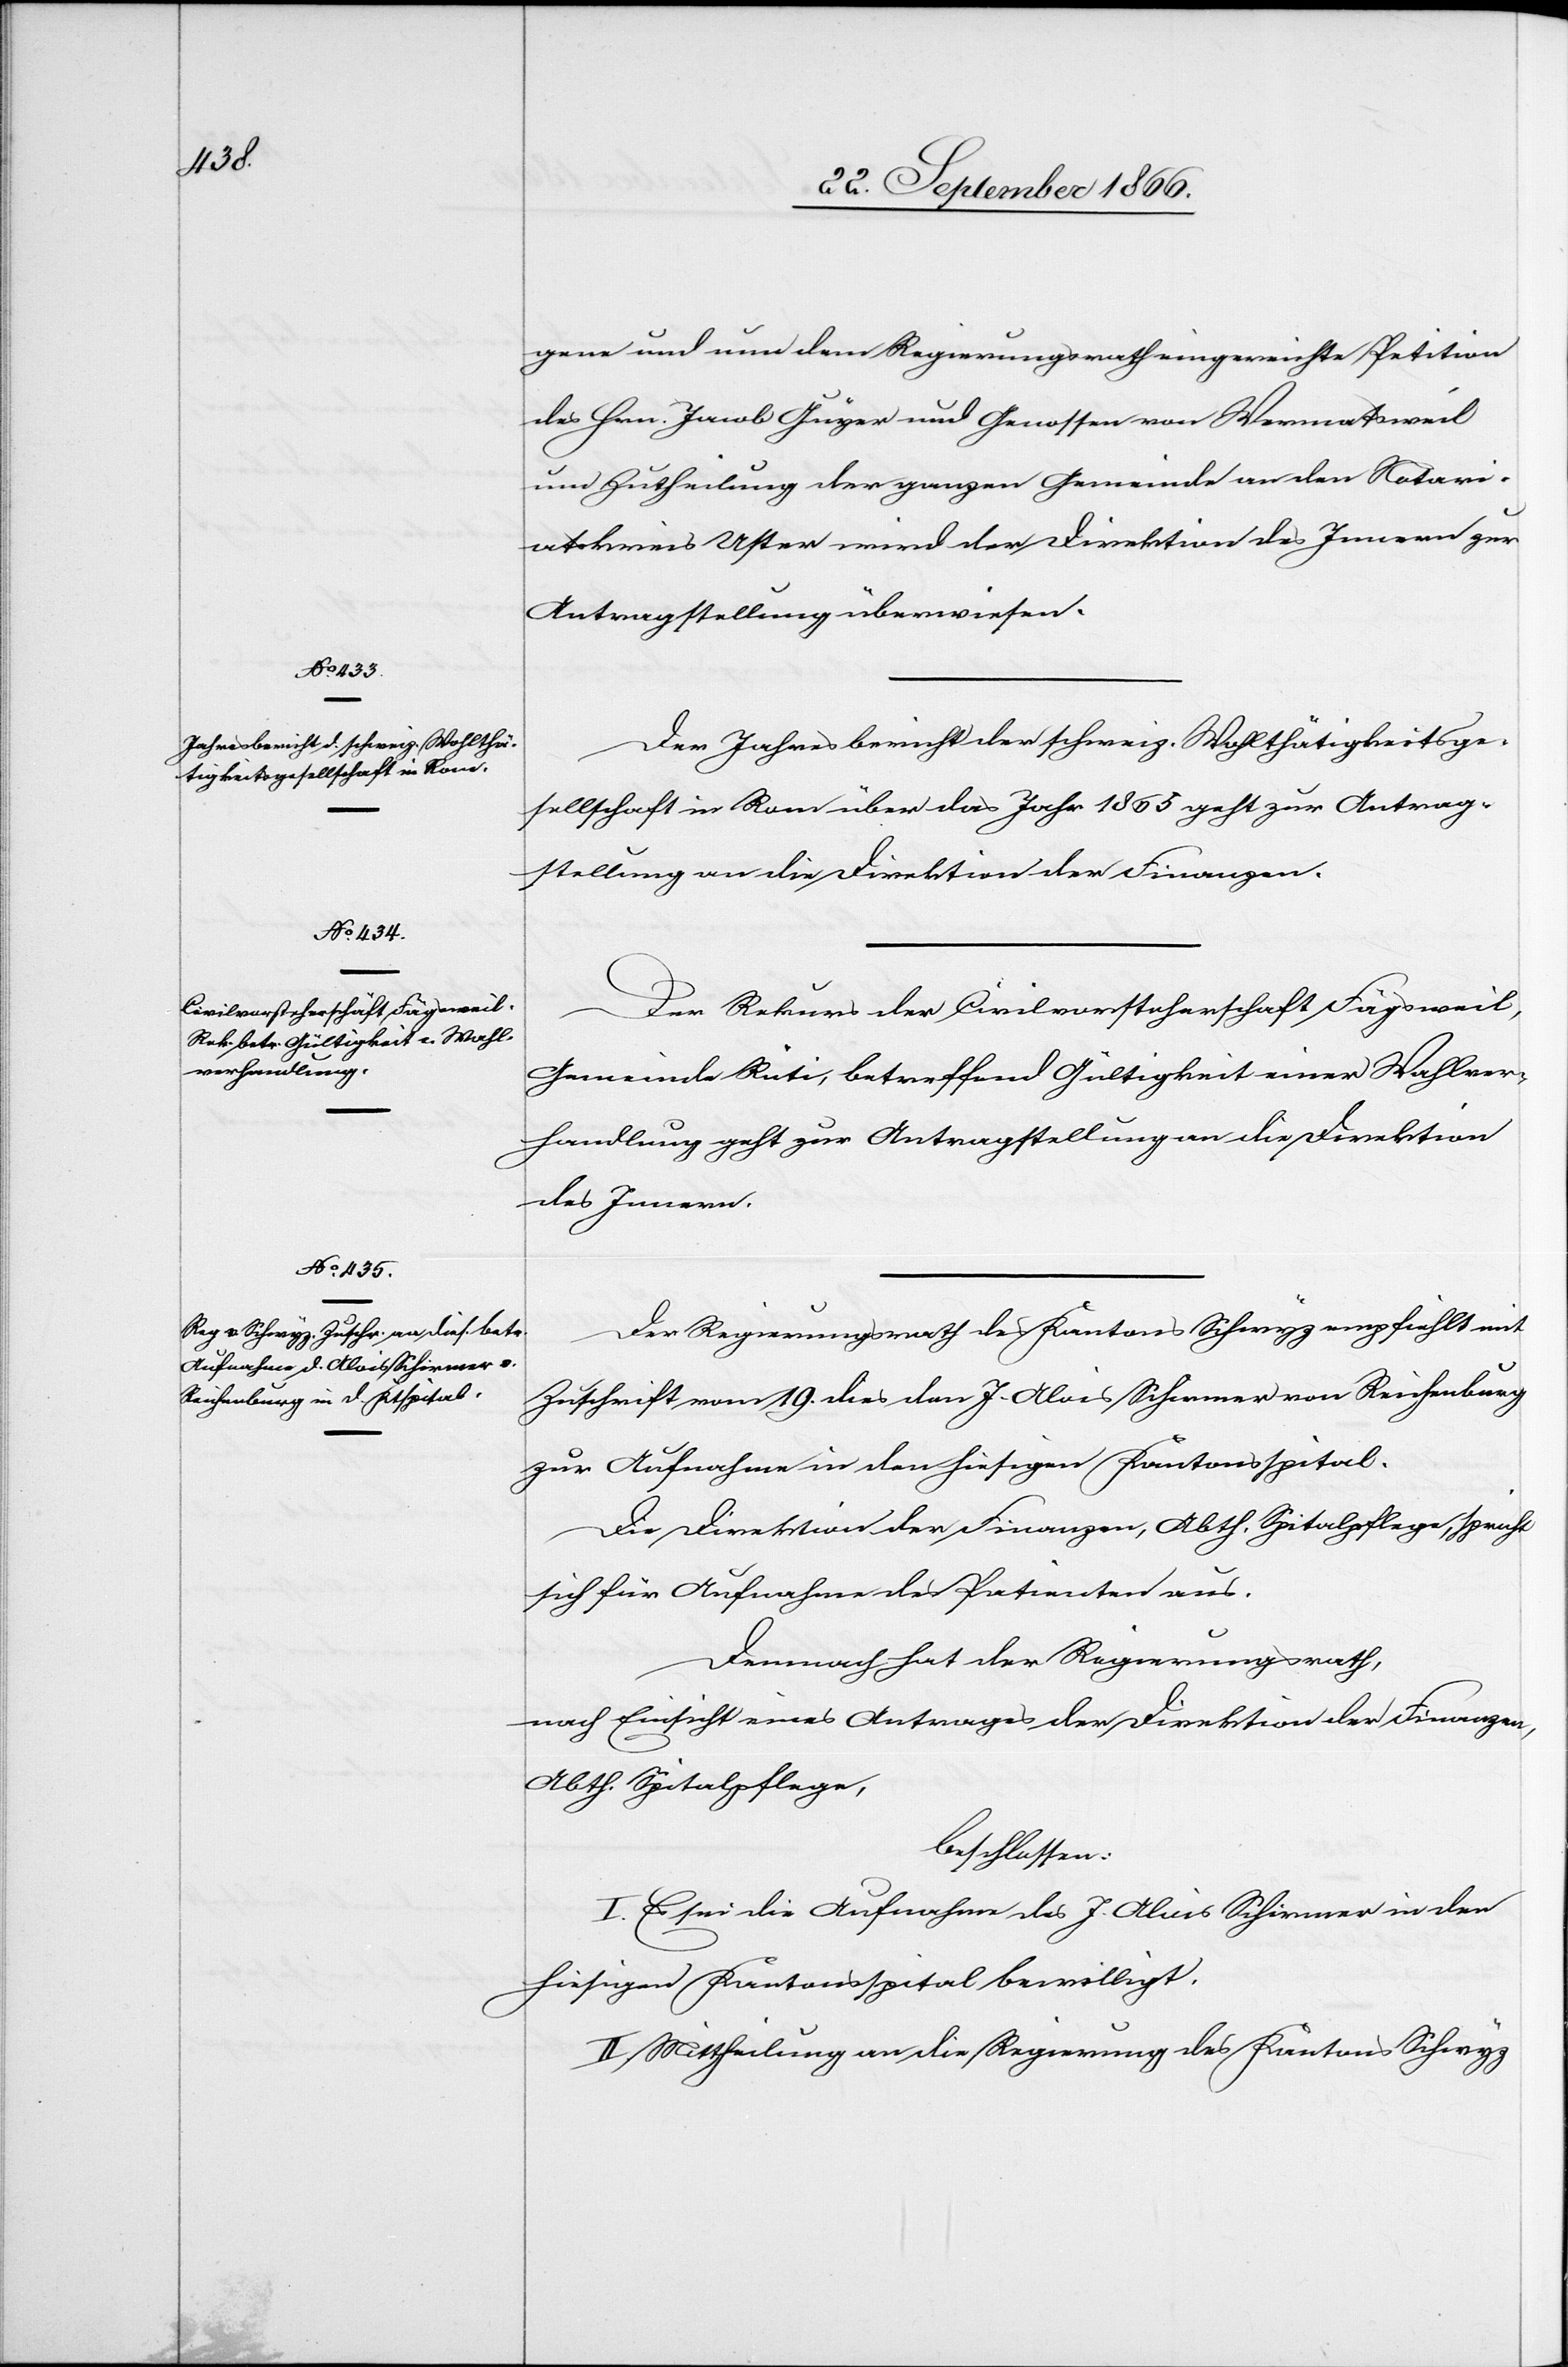
24. September 1866.]
gene und nun dem Regierungsrath eingereichte Petition
des Hrn. Jacob Guyer [sic!] und Genossen von Wermatsweil
um Zutheilung der ganzen Gemeinde an den Notari¬
atskreis Uster wird der Direktion des Innern zur
Antragstellung überwiesen.
Der Jahresbericht der schweiz. Wohlthätigkeitsge¬
sellschaft in Rom über das Jahr 1865 geht zur Antrag¬
stellung an die Direktion der Finanzen.
Der Rekurs der Civilvorsteherschaft Fägsweil,
Gemeinde Rüti, betreffend Gültigkeit einer Wahlver¬
handlung geht zur Antragstellung an die Direktion
des Innern.
Der Regierungsrath des Kantons Schwyz empfiehlt mit
Zuschrift vom 19. dies den J. Alois Schirmer von Reichenburg
zur Aufnahme in den hiesigen Kantonsspital.
Die Direktion der Finanzen, Abth. Spitalpflege, spricht
sich für Aufnahme des Patienten aus.
Demnach hat der Regierungsrath,
nach Einsicht eines Antrages der Direktion der Finanzen,
Abth. Spitalpflege,
beschlossen:
I. Es sei die Aufnahme des J. Alois Schirmer in den
hiesigen Kantonsspital bewilligt.
II. Mittheilung an die Regierung des Kantons Schwyz